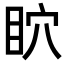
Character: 𥄴